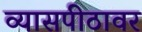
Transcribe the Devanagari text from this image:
व्‍यासपीठावर